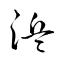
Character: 浜